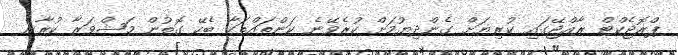
ޕްރޮޖެކްޓް ރާއްޖޭގައި ކުރިޔަށް ގެންދިޔުމަށް ކުރެވޭނެ ކަންތައްތަކާ ބެހޭ ގޮތުން މަޝްވަރާ ކުރާނެ